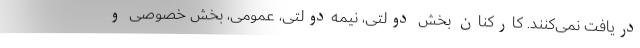
دریافت نمی‌کنند. کارکنان بخش دولتی، نیمه‌دولتی، عمومی، بخش خصوصی و